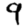
Digit: 9